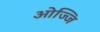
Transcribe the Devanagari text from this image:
ओज्जि